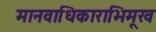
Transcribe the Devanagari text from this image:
मानवाधिकाराभिमूख